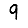
Digit: 9